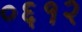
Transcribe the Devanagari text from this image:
०६१२